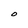
Character: O